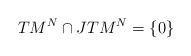
LaTeX: \begin{align*}TM^N\cap JTM^N = \{0\}\end{align*}